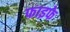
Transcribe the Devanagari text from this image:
फाइफे